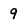
Character: 9